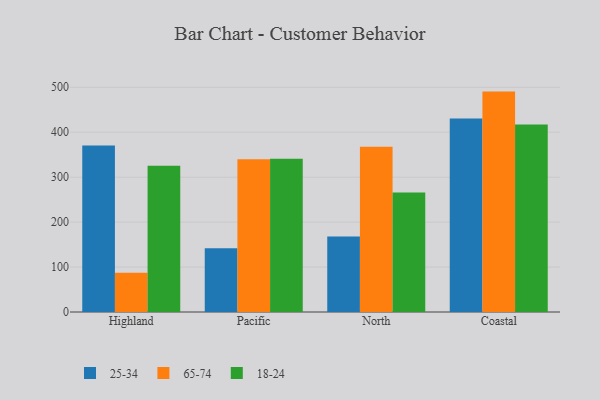
{"axis": {"x": "Region", "y": "Temperature (°C)"}, "legend": ["18-24", "25-34", "65-74"], "data": [{"x": "Highland", "y": 370.6, "type": "25-34"}, {"x": "Highland", "y": 87.5, "type": "65-74"}, {"x": "Highland", "y": 325.4, "type": "18-24"}, {"x": "Pacific", "y": 141.8, "type": "25-34"}, {"x": "Pacific", "y": 340.0, "type": "65-74"}, {"x": "Pacific", "y": 340.9, "type": "18-24"}, {"x": "North", "y": 167.9, "type": "25-34"}, {"x": "North", "y": 367.7, "type": "65-74"}, {"x": "North", "y": 265.8, "type": "18-24"}, {"x": "Coastal", "y": 430.5, "type": "25-34"}, {"x": "Coastal", "y": 490.4, "type": "65-74"}, {"x": "Coastal", "y": 417.2, "type": "18-24"}]}